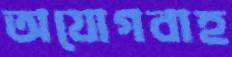
অযোগবাহ